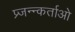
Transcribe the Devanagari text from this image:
प्र्जन्न्कर्ताओ